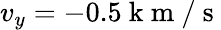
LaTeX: v_{y}=-0.5\mathrm{~k~m~/~s~}